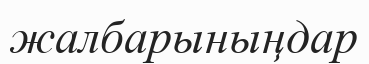
жалбарыныңдар